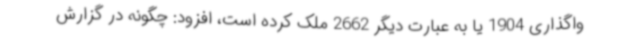
واگذاری 1904 یا به عبارت دیگر 2662 ملک کرده است، افزود: چگونه در گزارش